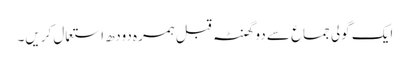
ایک گولی جماع سے دو گھنٹہ قبل ہمرہ دودھ استعمال کریں۔